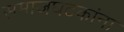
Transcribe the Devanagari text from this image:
समाजघटकांना